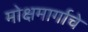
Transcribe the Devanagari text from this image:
मोक्षमार्गाचे